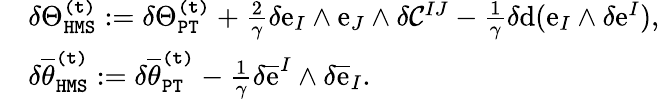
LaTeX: \begin{array}{rl}&{\delta\Theta_{\mathtt{HMS}}^{\mathtt{(t)}}:=\delta\Theta_{\mathtt{PT}}^{\mathtt{(t)}}+\frac{2}{\gamma}\delta\mathrm{e}_{I}\wedge\mathrm{e}_{J}\wedge\delta\mathcal{C}^{IJ}-\frac{1}{\gamma}\delta\mathrm{d}(\mathrm{e}_{I}\wedge\delta\mathrm{e}^{I}),}\\ &{\delta\overline{{\theta}}_{\mathtt{HMS}}^{\mathtt{(t)}}:=\delta\overline{{\theta}}_{\mathtt{PT}}^{\mathtt{(t)}}-\frac{1}{\gamma}\delta\overline{{\mathrm{e}}}^{I}\wedge\delta\overline{{\mathrm{e}}}_{I}.}\end{array}